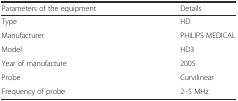
<table><thead><tr><td><b>Parameters of the equipment</b></td><td><b>Details</b></td></tr></thead><tbody><tr><td>Type</td><td>HD</td></tr><tr><td>Manufacturer</td><td>PHILIPS MEDICAL</td></tr><tr><td>Model</td><td>HD3</td></tr><tr><td>Year of manufacture</td><td>2005</td></tr><tr><td>Probe</td><td>Curvilinear</td></tr><tr><td>Frequency of probe</td><td>2–5 MHz</td></tr></tbody></table>